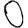
Digit: 0